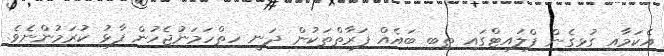
އެކަމާއި ގުޅިގެން ފްލައިޓްގައި ތިބި ބައެއް ފަރާތްތަކުން ދަނީ ހިތްހަމަނުޖެހުން ފާޅު ކުރަމުންނެވެ.